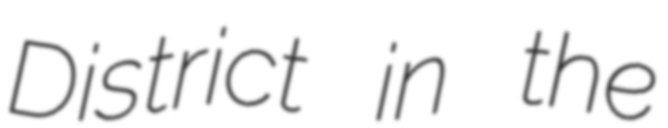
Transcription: District in the